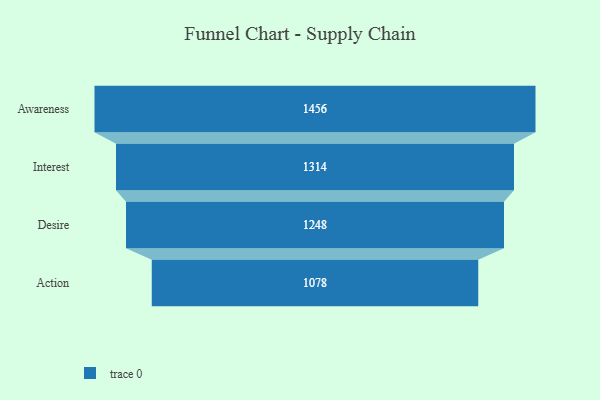
{"axis": {"x": "Stage", "y": "Value"}, "legend": [""], "data": [{"x": "Awareness", "y": 1456.0, "type": ""}, {"x": "Interest", "y": 1314.0, "type": ""}, {"x": "Desire", "y": 1248.0, "type": ""}, {"x": "Action", "y": 1078.0, "type": ""}]}